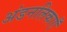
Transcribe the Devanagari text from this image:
अंडनलिकाएँ